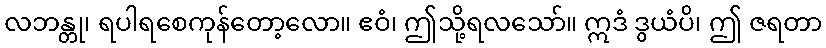
လဘန္တု၊ ရပါရစေကုန်တော့လော။ ဧဝံ၊ ဤသို့ရလသော်။ ဣဒံ ဒွယံပိ၊ ဤ ဇရတာ